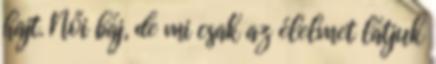
hajt. Női báj, de mi csak az élelmet látjuk